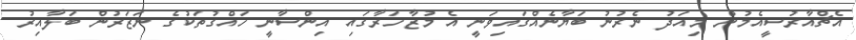
އެޗްއާރުސީއެމުން މިއަދު ނެރުނު ބަޔާނެއްގައިވަނީ އެ މުޒާހަރާގައި އިންސާނީ ހައްގުތަކުގެ ނަޒަރުން ބަލާއިރު